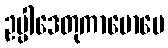
ဥပ္ပါဒေတုကာမောပေ